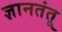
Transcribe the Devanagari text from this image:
ज्ञानतंतू